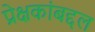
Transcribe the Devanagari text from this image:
प्रेक्षकांबद्दल